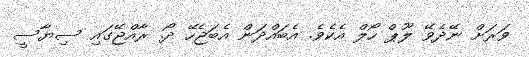
ވަރަށް ނޭދެވޭ ލޫޕް ހޯލް އެކެވެ. އެބައްދަން އެބަޖެހޭ ދޯ. ރާއްޖޭގައި ސިޔާސީ